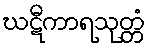
ဃဋီကာရသုတ္တံ